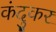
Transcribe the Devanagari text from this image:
कंदुकर